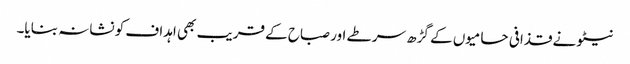
نیٹو نے قذافی حامیوں کے گڑھ سرطے اور صباح کے قریب بھی اہداف کو نشانہ بنایا۔